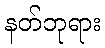
နတ်ဘုရား